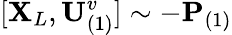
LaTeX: [\mathbf{X}_{L},\mathbf{U}_{(1)}^{v}]\sim-\mathbf{P}_{(1)}